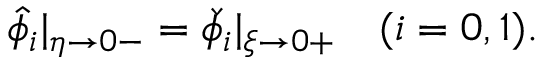
\begin{array} { r } { \hat { \phi } _ { i } | _ { \eta \to 0 - } = \check { \phi } _ { i } | _ { \xi \to 0 + } \quad ( i = 0 , 1 ) . } \end{array}